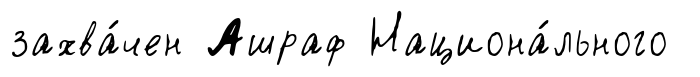
захва́чен Ашраф Национа́льного